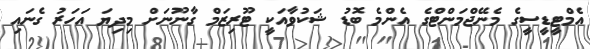
އެމްޓީޑީސީގެ މެނޭޖްމަންޓްގެ އެންމެ ބޮޑު ޝަކުވާއަކީ ޓޫރިޒަމް ގާނޫނަށް މިދިޔަ އަހަރު ގެނައި